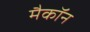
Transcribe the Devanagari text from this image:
मैकॉन